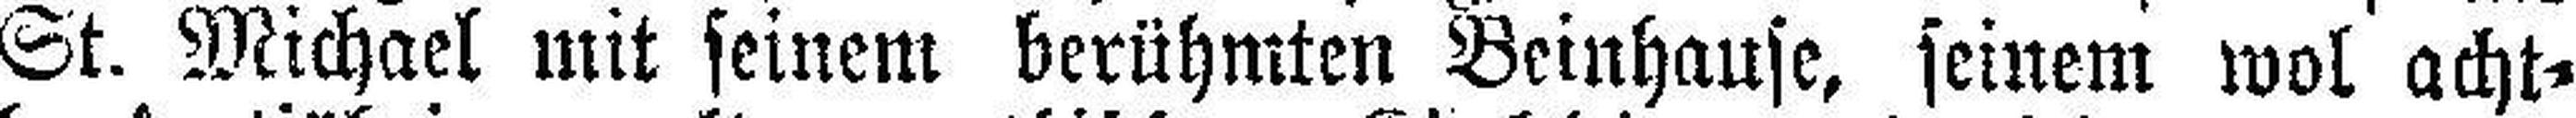
St. Michael mit seinem berühmten Beinhause, seinem wol acht¬